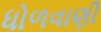
ધોળવાણી